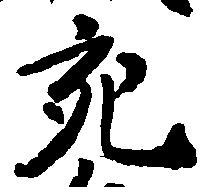
充